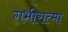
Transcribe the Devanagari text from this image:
गभीरात्मा